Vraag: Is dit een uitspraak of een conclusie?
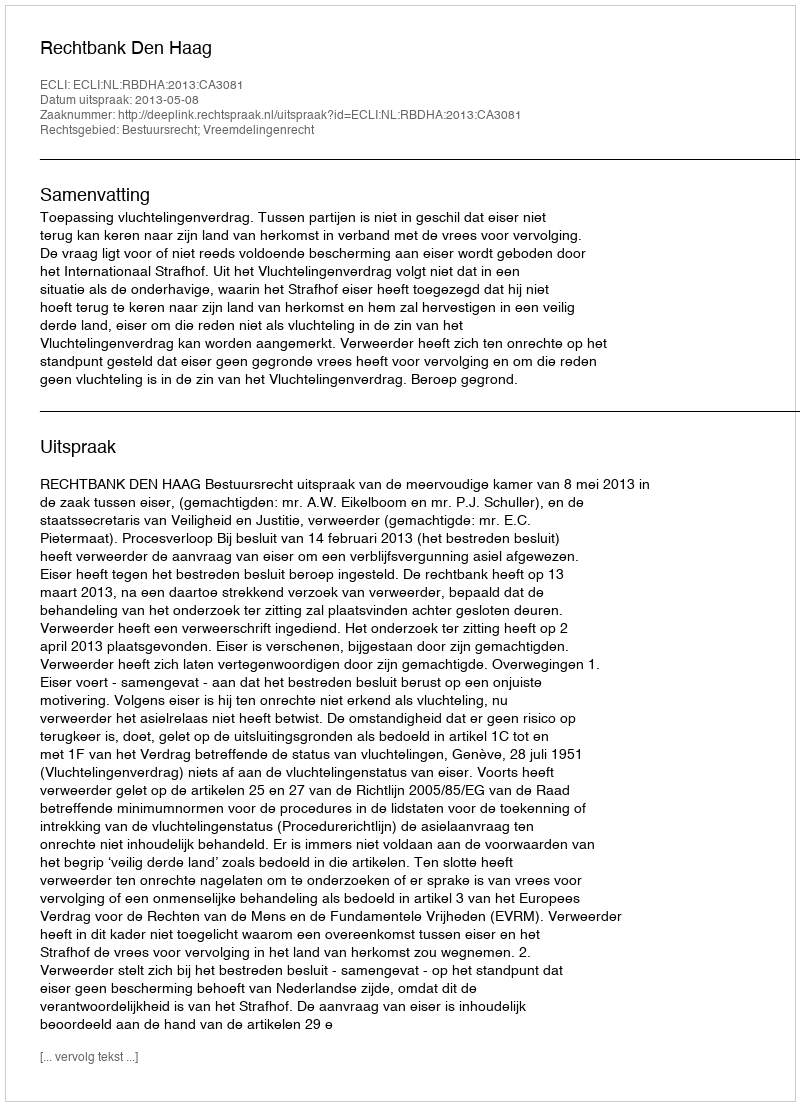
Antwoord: Uitspraak